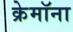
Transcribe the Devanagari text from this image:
क्रेमॉना